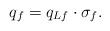
LaTeX: \begin{align*} q_f=q_{{L}f}\cdot\sigma_f.\end{align*}